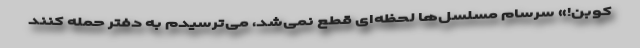
کوبن!» سرسام مسلسل‌ها لحظه‌ای قطع نمی‌شد، می‌ترسیدم به دفتر حمله کنند